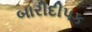
બારીદીપક